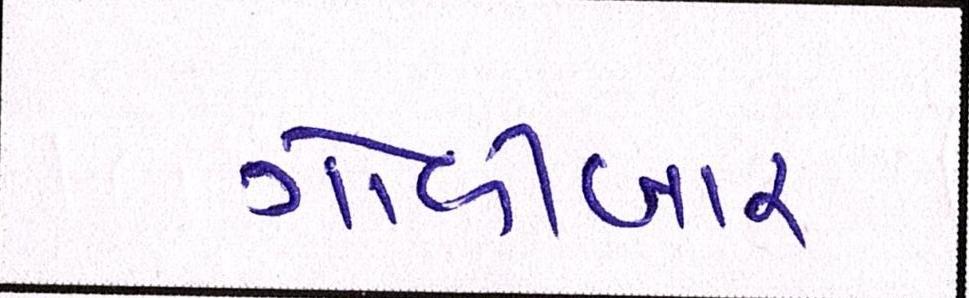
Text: ગોળીબાર